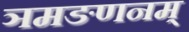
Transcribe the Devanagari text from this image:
ञमङणनम्